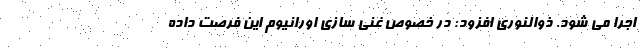
اجرا می شود. ذوالنوری افزود: در خصوص غنی سازی اورانیوم این فرصت داده